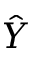
\hat { Y }